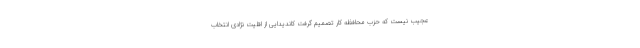
عجیب نیست که حزب محافظه کار تصمیم گرفت کاندیدایی از اقلیت نژادی انتخاب